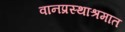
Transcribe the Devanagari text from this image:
वानप्रस्थाश्रमात